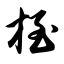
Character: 桎